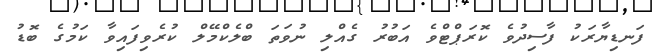
ފަނޑިޔާރަކު ފާސިދުވެ ކޮރަޕްޓްވެ އަބުރު ގެއްލި ނުވަތަ ބްލެކްމޭލް ކުރެވިފައިވާ ކަމުގެ ބޮޑު